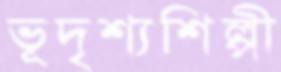
ভূদৃশ্যশিল্পী